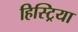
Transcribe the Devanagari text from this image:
हिस्ट्रिया